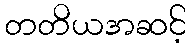
တတိယအဆင့်